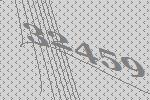
32459